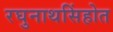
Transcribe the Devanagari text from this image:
रघुनाथसिंहोत